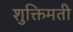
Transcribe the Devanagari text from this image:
शुक्तिमती